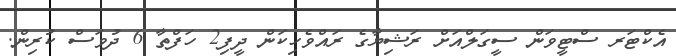
އެކްޓަރ ސްޓީވަން ސީގަލްއަށް ރަޝިޔާގެ ރައްވެހިކަން ދީފި2 ހަފްތާ 6 ދުވަސް ކުރިން.